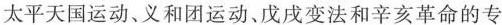
太平天国运动、义和团运动、戊戌变法和辛亥革命的专